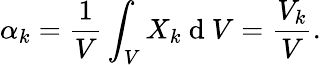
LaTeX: \alpha_{k}=\frac{1}{V}\int_{V}X_{k}\mathrm{~d~}V=\frac{V_{k}}{V}.